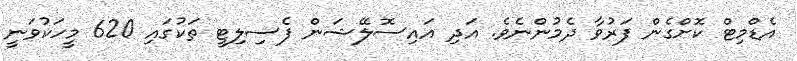
އެޑްމިޓް ކޮށްގެން ފަރުވާ ދެމުންނެވެ. އަދި އައިސޮލޭޝަން ފެސިލިޓީ ތަކުގައި 620 މީހަކުވަނީ